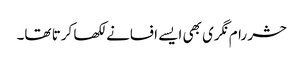
حشر رام نگری بھی ایسے افسانے لکھا کرتا تھا۔